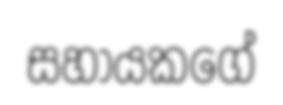
සහායකගේ